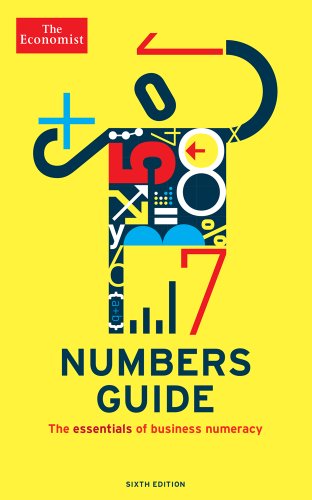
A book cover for The Economist Numbers Guide (6th Ed): The Essentials of Business Numeracy (Economist Books); The Economist; Science & Math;